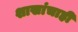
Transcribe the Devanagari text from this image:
शाखांचाही